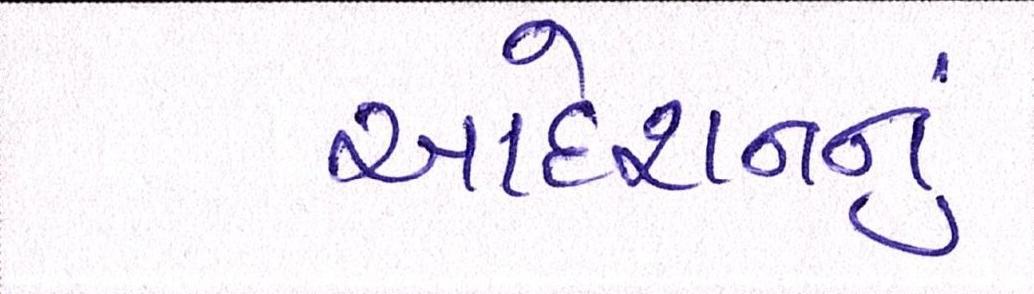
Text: આદેશનનું